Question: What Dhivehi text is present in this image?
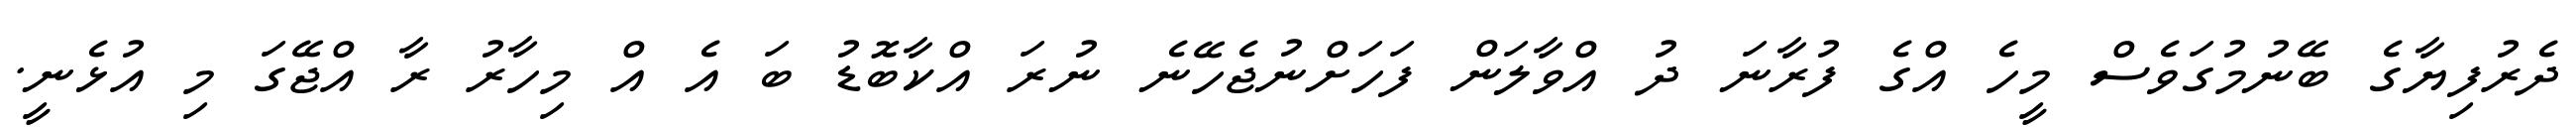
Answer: ދެރުފިޔާގެ ބޭނުމުގަވެސް މީހެ އްގެ ފުރާނަ ދު އްވާލަން ފަހަށްނުޖެހޭނެ ނުރަ އްކާބޮޑު ބަ އެ އް މިހާރު ރާ އްޖޭގަ މި އުޅެނީ.